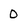
Character: O